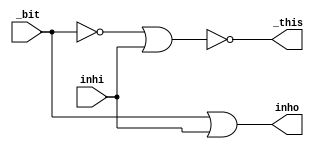
module tben
(
	output _this,
	output inho,
	input _bit,
	input inhi
);
wire bit_n;

// ARITH.NET (504) - inho : or2
assign inho = _bit | inhi;

// ARITH.NET (505) - bit\ : iv
assign bit_n = ~_bit;

// ARITH.NET (506) - this : nr2
assign _this = ~(bit_n | inhi);
endmodule